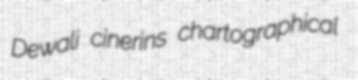
Dewali cinerins chartographical